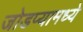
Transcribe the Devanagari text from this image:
जोडप्यामध्ये